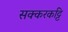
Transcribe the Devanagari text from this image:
सक्करकट्टि